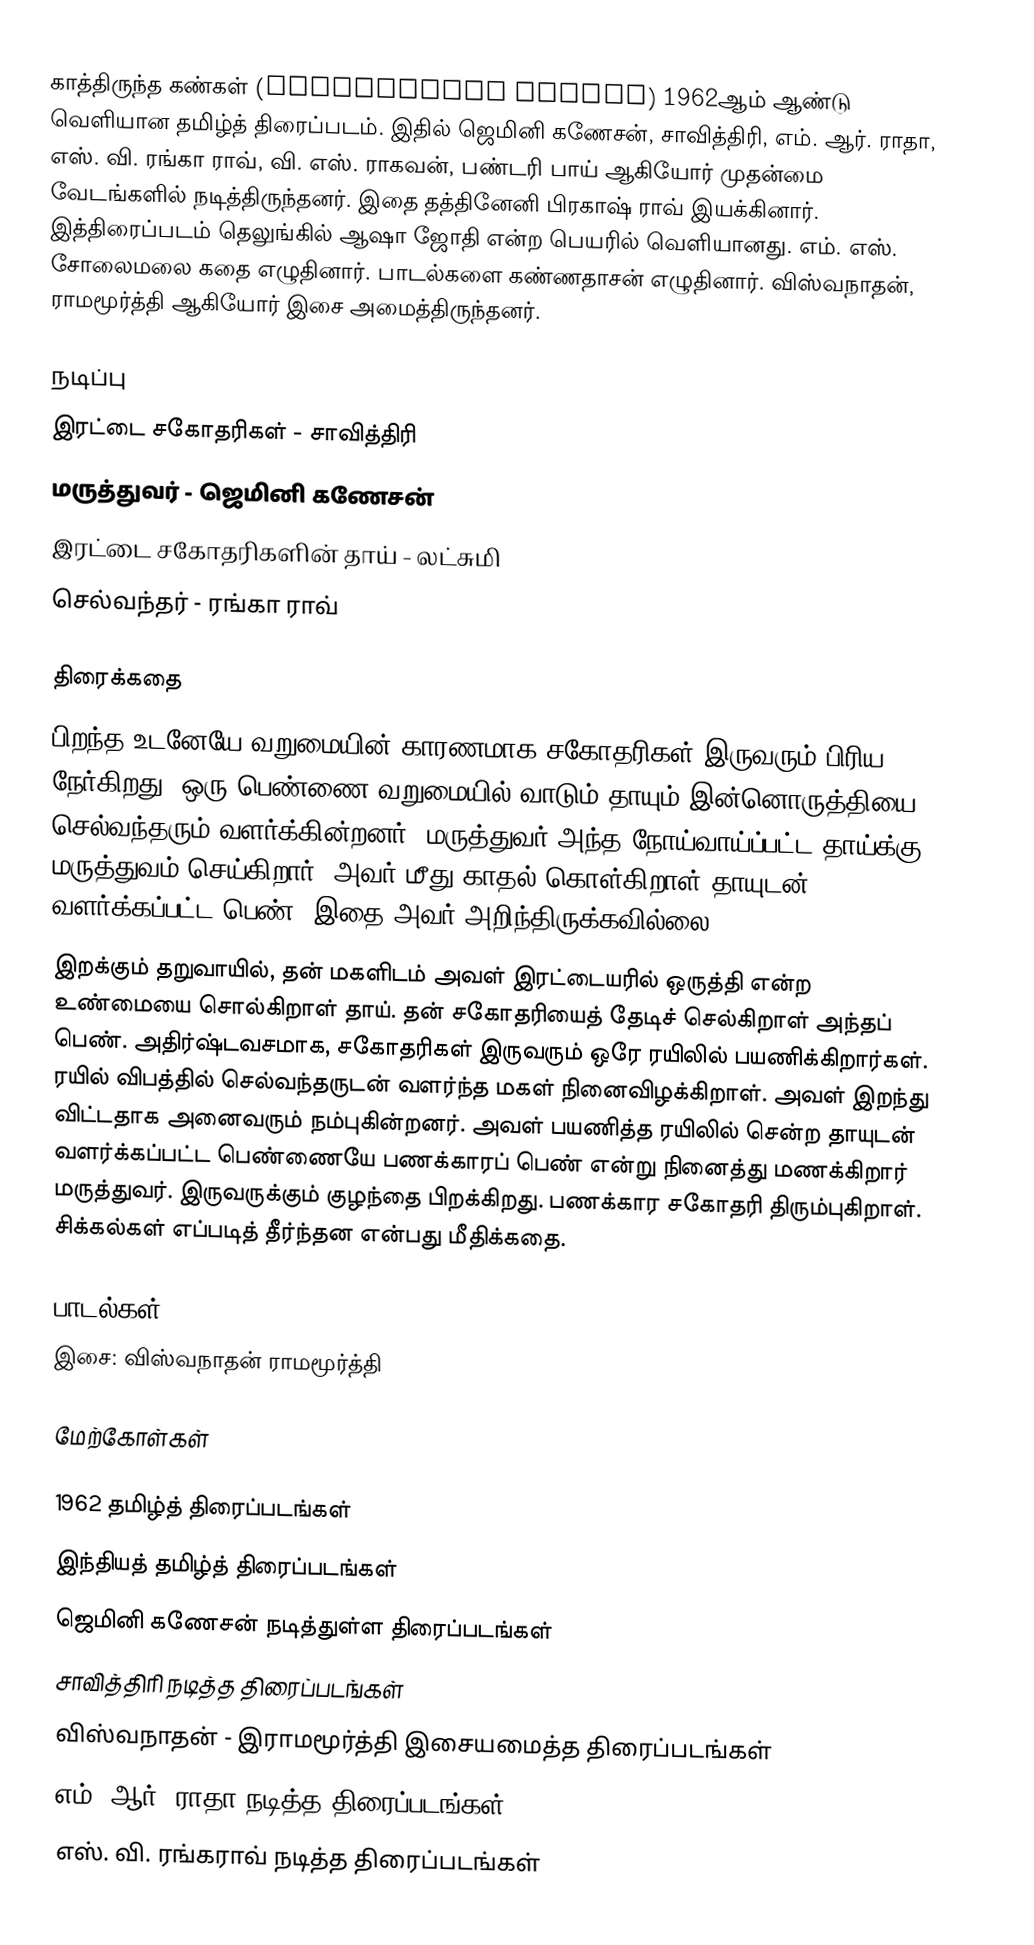
காத்திருந்த கண்கள் (Kathiruntha Kangal) 1962ஆம் ஆண்டு வெளியான தமிழ்த் திரைப்படம். இதில் ஜெமினி கணேசன், சாவித்திரி, எம். ஆர். ராதா, எஸ். வி. ரங்கா ராவ், வி. எஸ். ராகவன், பண்டரி பாய் ஆகியோர் முதன்மை வேடங்களில் நடித்திருந்தனர். இதை தத்தினேனி பிரகாஷ் ராவ் இயக்கினார். இத்திரைப்படம் தெலுங்கில் ஆஷா ஜோதி என்ற பெயரில் வெளியானது. எம். எஸ். சோலைமலை கதை எழுதினார். பாடல்களை கண்ணதாசன் எழுதினார். விஸ்வநாதன், ராமமூர்த்தி ஆகியோர் இசை அமைத்திருந்தனர்.

நடிப்பு
 இரட்டை சகோதரிகள் - சாவித்திரி
 மருத்துவர் - ஜெமினி கணேசன்
 இரட்டை சகோதரிகளின் தாய் - லட்சுமி
 செல்வந்தர் - ரங்கா ராவ்

திரைக்கதை
பிறந்த உடனேயே வறுமையின் காரணமாக சகோதரிகள் இருவரும் பிரிய நேர்கிறது. ஒரு பெண்ணை வறுமையில் வாடும் தாயும் இன்னொருத்தியை செல்வந்தரும் வளர்க்கின்றனர். மருத்துவர் அந்த நோய்வாய்ப்பட்ட தாய்க்கு மருத்துவம் செய்கிறார். அவர் மீது காதல் கொள்கிறாள் தாயுடன் வளர்க்கப்பட்ட பெண். இதை அவர் அறிந்திருக்கவில்லை.
இறக்கும் தறுவாயில், தன் மகளிடம் அவள் இரட்டையரில் ஒருத்தி என்ற உண்மையை சொல்கிறாள் தாய். தன் சகோதரியைத் தேடிச் செல்கிறாள் அந்தப் பெண். அதிர்ஷ்டவசமாக, சகோதரிகள் இருவரும் ஒரே ரயிலில் பயணிக்கிறார்கள். ரயில் விபத்தில் செல்வந்தருடன் வளர்ந்த மகள் நினைவிழக்கிறாள். அவள் இறந்து விட்டதாக அனைவரும் நம்புகின்றனர். அவள் பயணித்த ரயிலில் சென்ற தாயுடன் வளர்க்கப்பட்ட பெண்ணையே பணக்காரப் பெண் என்று நினைத்து மணக்கிறார் மருத்துவர். இருவருக்கும் குழந்தை பிறக்கிறது. பணக்கார சகோதரி திரும்புகிறாள். சிக்கல்கள் எப்படித் தீர்ந்தன என்பது மீதிக்கதை.

பாடல்கள்
இசை: விஸ்வநாதன் ராமமூர்த்தி

மேற்கோள்கள்

1962 தமிழ்த் திரைப்படங்கள்
இந்தியத் தமிழ்த் திரைப்படங்கள்
ஜெமினி கணேசன் நடித்துள்ள திரைப்படங்கள்
சாவித்திரி நடித்த திரைப்படங்கள்
விஸ்வநாதன் - இராமமூர்த்தி இசையமைத்த திரைப்படங்கள்
எம். ஆர். ராதா நடித்த திரைப்படங்கள்
எஸ். வி. ரங்கராவ் நடித்த திரைப்படங்கள்